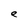
Character: e